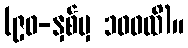
(၉၀-နှစ်မှ ၁၀၀ထိ)။